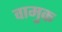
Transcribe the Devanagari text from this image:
वामुक